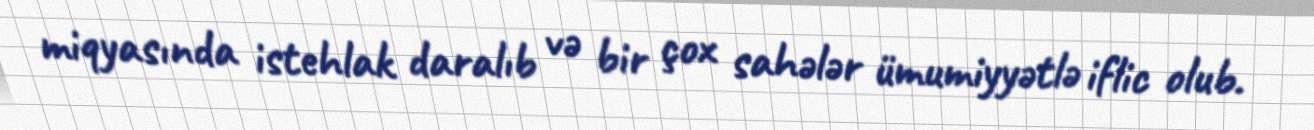
miqyasında istehlak daralıb və bir çox sahələr ümumiyyətlə iflic olub.